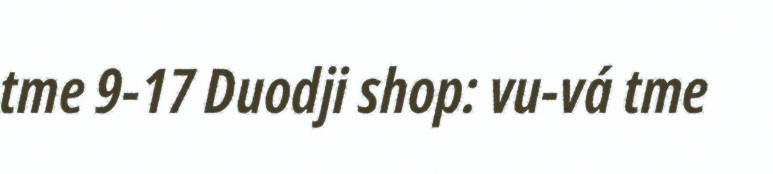
tme 9-17 Duodji shop: vu-vá tme